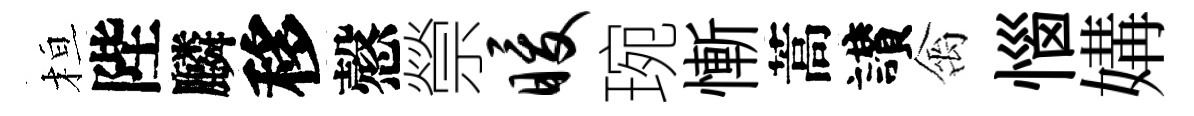
桓陛麟移慤禜暖琬慚蒿讃禽惱媾